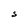
Character: S